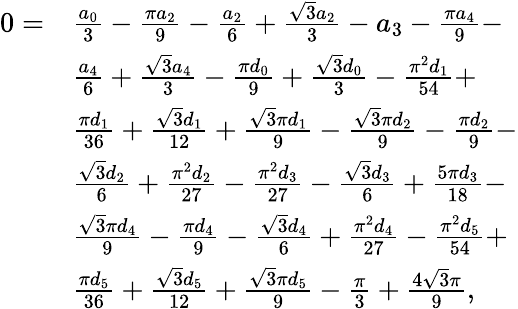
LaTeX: \begin{array}{rl}{0=}&{\frac{a_{0}}{3}-\frac{\pi a_{2}}{9}-\frac{a_{2}}{6}+\frac{\sqrt{3}a_{2}}{3}-a_{3}-\frac{\pi a_{4}}{9}-}\\ &{\frac{a_{4}}{6}+\frac{\sqrt{3}a_{4}}{3}-\frac{\pi d_{0}}{9}+\frac{\sqrt{3}d_{0}}{3}-\frac{\pi^{2}d_{1}}{54}+}\\ &{\frac{\pi d_{1}}{36}+\frac{\sqrt{3}d_{1}}{12}+\frac{\sqrt{3}\pi d_{1}}{9}-\frac{\sqrt{3}\pi d_{2}}{9}-\frac{\pi d_{2}}{9}-}\\ &{\frac{\sqrt{3}d_{2}}{6}+\frac{\pi^{2}d_{2}}{27}-\frac{\pi^{2}d_{3}}{27}-\frac{\sqrt{3}d_{3}}{6}+\frac{5\pi d_{3}}{18}-}\\ &{\frac{\sqrt{3}\pi d_{4}}{9}-\frac{\pi d_{4}}{9}-\frac{\sqrt{3}d_{4}}{6}+\frac{\pi^{2}d_{4}}{27}-\frac{\pi^{2}d_{5}}{54}+}\\ &{\frac{\pi d_{5}}{36}+\frac{\sqrt{3}d_{5}}{12}+\frac{\sqrt{3}\pi d_{5}}{9}-\frac{\pi}{3}+\frac{4\sqrt{3}\pi}{9},}\end{array}